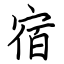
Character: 宿